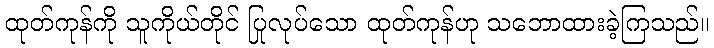
ထုတ်ကုန်ကို သူကိုယ်တိုင် ပြုလုပ်သော ထုတ်ကုန်ဟု သဘောထားခဲ့ကြသည်။